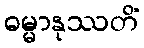
ဓမ္မာနုဿတိံ